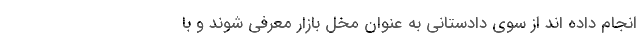
انجام داده اند از سوی دادستانی به عنوان مخل بازار معرفی شوند و با